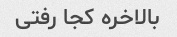
بالاخره کجا رفتی